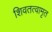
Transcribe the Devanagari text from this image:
शिवतत्वामृत